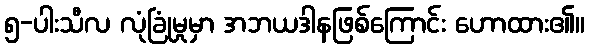
၅-ပါးသီလ လုံခြုံမှုမှာ အဘယဒါနဖြစ်ကြောင်း ဟောထား၏။